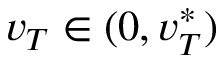
v _ { T } \in ( 0 , v _ { T } ^ { * } )